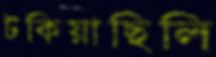
টকিয়াছিলি